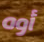
أوه